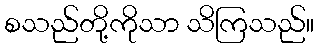
စသည်တို့ကိုသာ သိကြသည်။